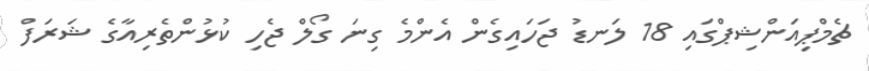
ޗެމްޕިއަންޝިޕްގައި 18 ލަނޑު ޖަހައިގެން އެންމެ ގިނަ ގޯލް ޖެހި ކުޅުންތެރިއާގެ ޝަރަފް